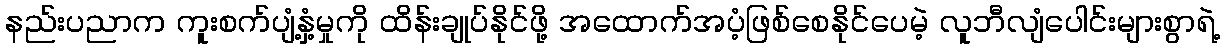
နည်းပညာက ကူးစက်ပျံ့နှံ့မှုကို ထိန်းချုပ်နိုင်ဖို့ အထောက်အပံ့ဖြစ်စေနိုင်ပေမဲ့ လူဘီလျံပေါင်းများစွာရဲ့